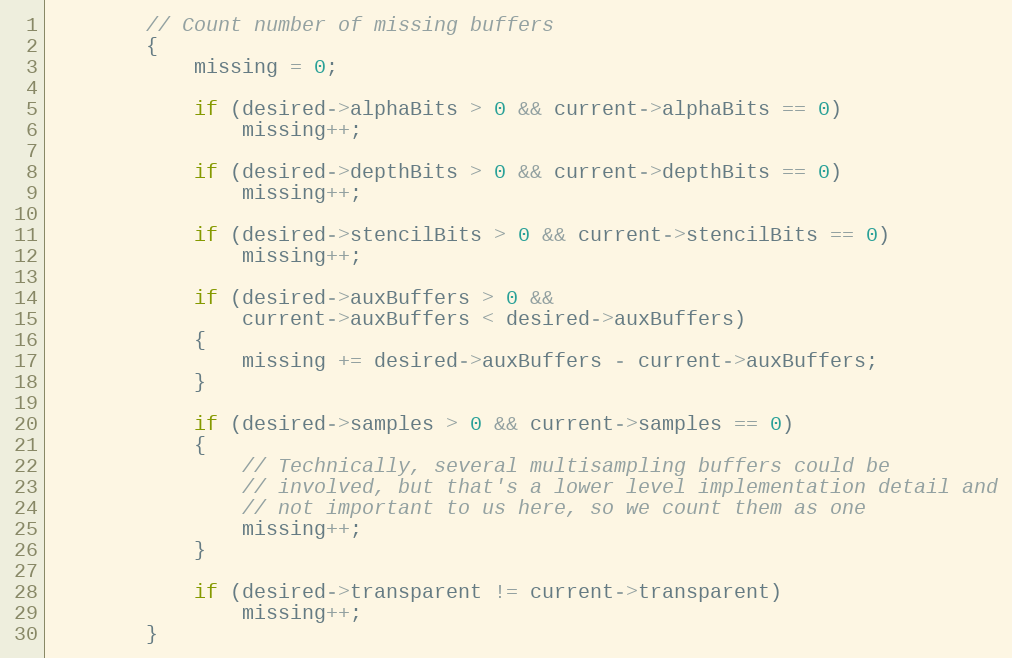
Language: C
        // Count number of missing buffers
        {
            missing = 0;

            if (desired->alphaBits > 0 && current->alphaBits == 0)
                missing++;

            if (desired->depthBits > 0 && current->depthBits == 0)
                missing++;

            if (desired->stencilBits > 0 && current->stencilBits == 0)
                missing++;

            if (desired->auxBuffers > 0 &&
                current->auxBuffers < desired->auxBuffers)
            {
                missing += desired->auxBuffers - current->auxBuffers;
            }

            if (desired->samples > 0 && current->samples == 0)
            {
                // Technically, several multisampling buffers could be
                // involved, but that's a lower level implementation detail and
                // not important to us here, so we count them as one
                missing++;
            }

            if (desired->transparent != current->transparent)
                missing++;
        }